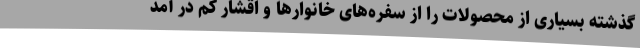
گذشته بسیاری از محصولات را از سفره‌های خانوارها و اقشار کم در آمد